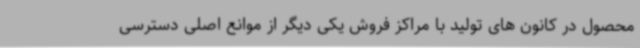
محصول در کانون های تولید با مراکز فروش یکی دیگر از موانع اصلی دسترسی